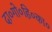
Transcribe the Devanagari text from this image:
दा०गो०हि०का०